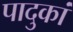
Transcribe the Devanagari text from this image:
पादुकां